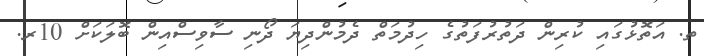
ތ. އަތޮޅުގައި ކުރިން ދަތުރުފަތުގެ ހިދުމަތް ދެމުންދިޔަ ދޯނި ސާވިސްއިން ބޮލަކަށް 10ރ.